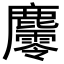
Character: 𪋪